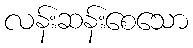
လန်းဆန်းစေသော